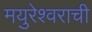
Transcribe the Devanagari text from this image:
मयुरेश्वराची